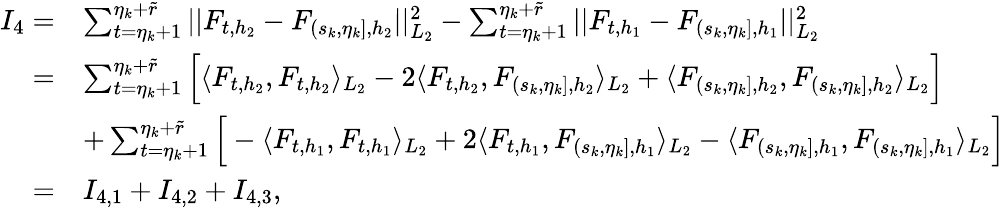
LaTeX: \begin{array}{rl}{I_{4}=}&{\sum_{t=\eta_{k}+1}^{\eta_{k}+\widetilde{r}}\vert\vert F_{t,{h_{2}}}-F_{(s_{k},\eta_{k}],{h_{2}}}\vert\vert_{L_{2}}^{2}-\sum_{t=\eta_{k}+1}^{\eta_{k}+\widetilde{r}}\vert\vert F_{t,{h_{1}}}-F_{(s_{k},\eta_{k}],{h_{1}}}\vert\vert_{L_{2}}^{2}}\\ {=}&{\sum_{t=\eta_{k}+1}^{\eta_{k}+\widetilde{r}}\Big[\langle F_{t,h_{2}},F_{t,h_{2}}\rangle_{L_{2}}-2\langle F_{t,h_{2}},F_{(s_{k},\eta_{k}],{h_{2}}}\rangle_{L_{2}}+\langle F_{(s_{k},\eta_{k}],{h_{2}}},F_{(s_{k},\eta_{k}],{h_{2}}}\rangle_{L_{2}}\Big]}\\ &{+\sum_{t=\eta_{k}+1}^{\eta_{k}+\widetilde{r}}\Big[-\langle F_{t,h_{1}},F_{t,h_{1}}\rangle_{L_{2}}+2\langle F_{t,h_{1}},F_{(s_{k},\eta_{k}],{h_{1}}}\rangle_{L_{2}}-\langle F_{(s_{k},\eta_{k}],{h_{1}}},F_{(s_{k},\eta_{k}],{h_{1}}}\rangle_{L_{2}}\Big]}\\ {=}&{I_{4,1}+I_{4,2}+I_{4,3},}\end{array}